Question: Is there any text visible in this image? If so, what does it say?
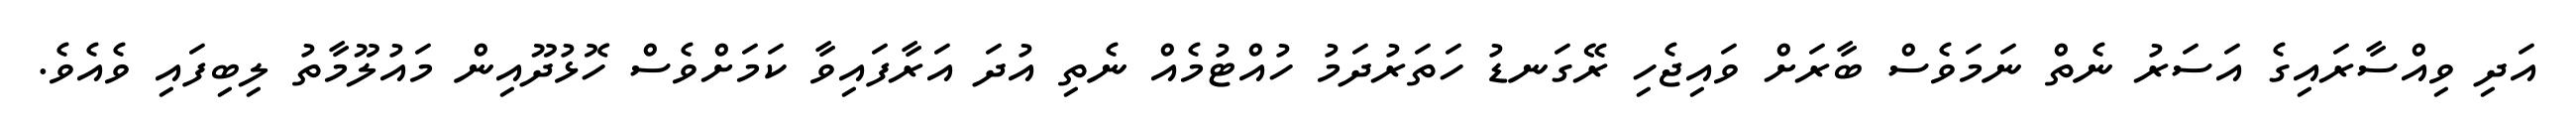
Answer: އަދި ވިއްސާރައިގެ އަސަރު ނެތް ނަމަވެސް ބާރަށް ވައިޖެހި ރޭގަނޑު ހަތަރުދަމު ހުއްޓުމެއް ނެތި އުދަ އަރާފައިވާ ކަމަށްވެސް ހޮޅުދޫއިން މައުލޫމާތު ލިބިފައި ވެއެވެ.